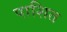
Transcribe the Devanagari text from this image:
पाशित